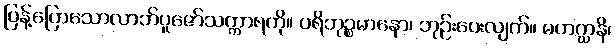
ပြန့်ပြောသောလာဘ်ပူဇော်သက္ကာရကို။ ပရိဘုဉ္စမာနော၊ ဘုဉ်းပေးလျက်။ မဟဂ္ဃာနိ၊